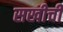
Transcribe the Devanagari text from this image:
सखीची